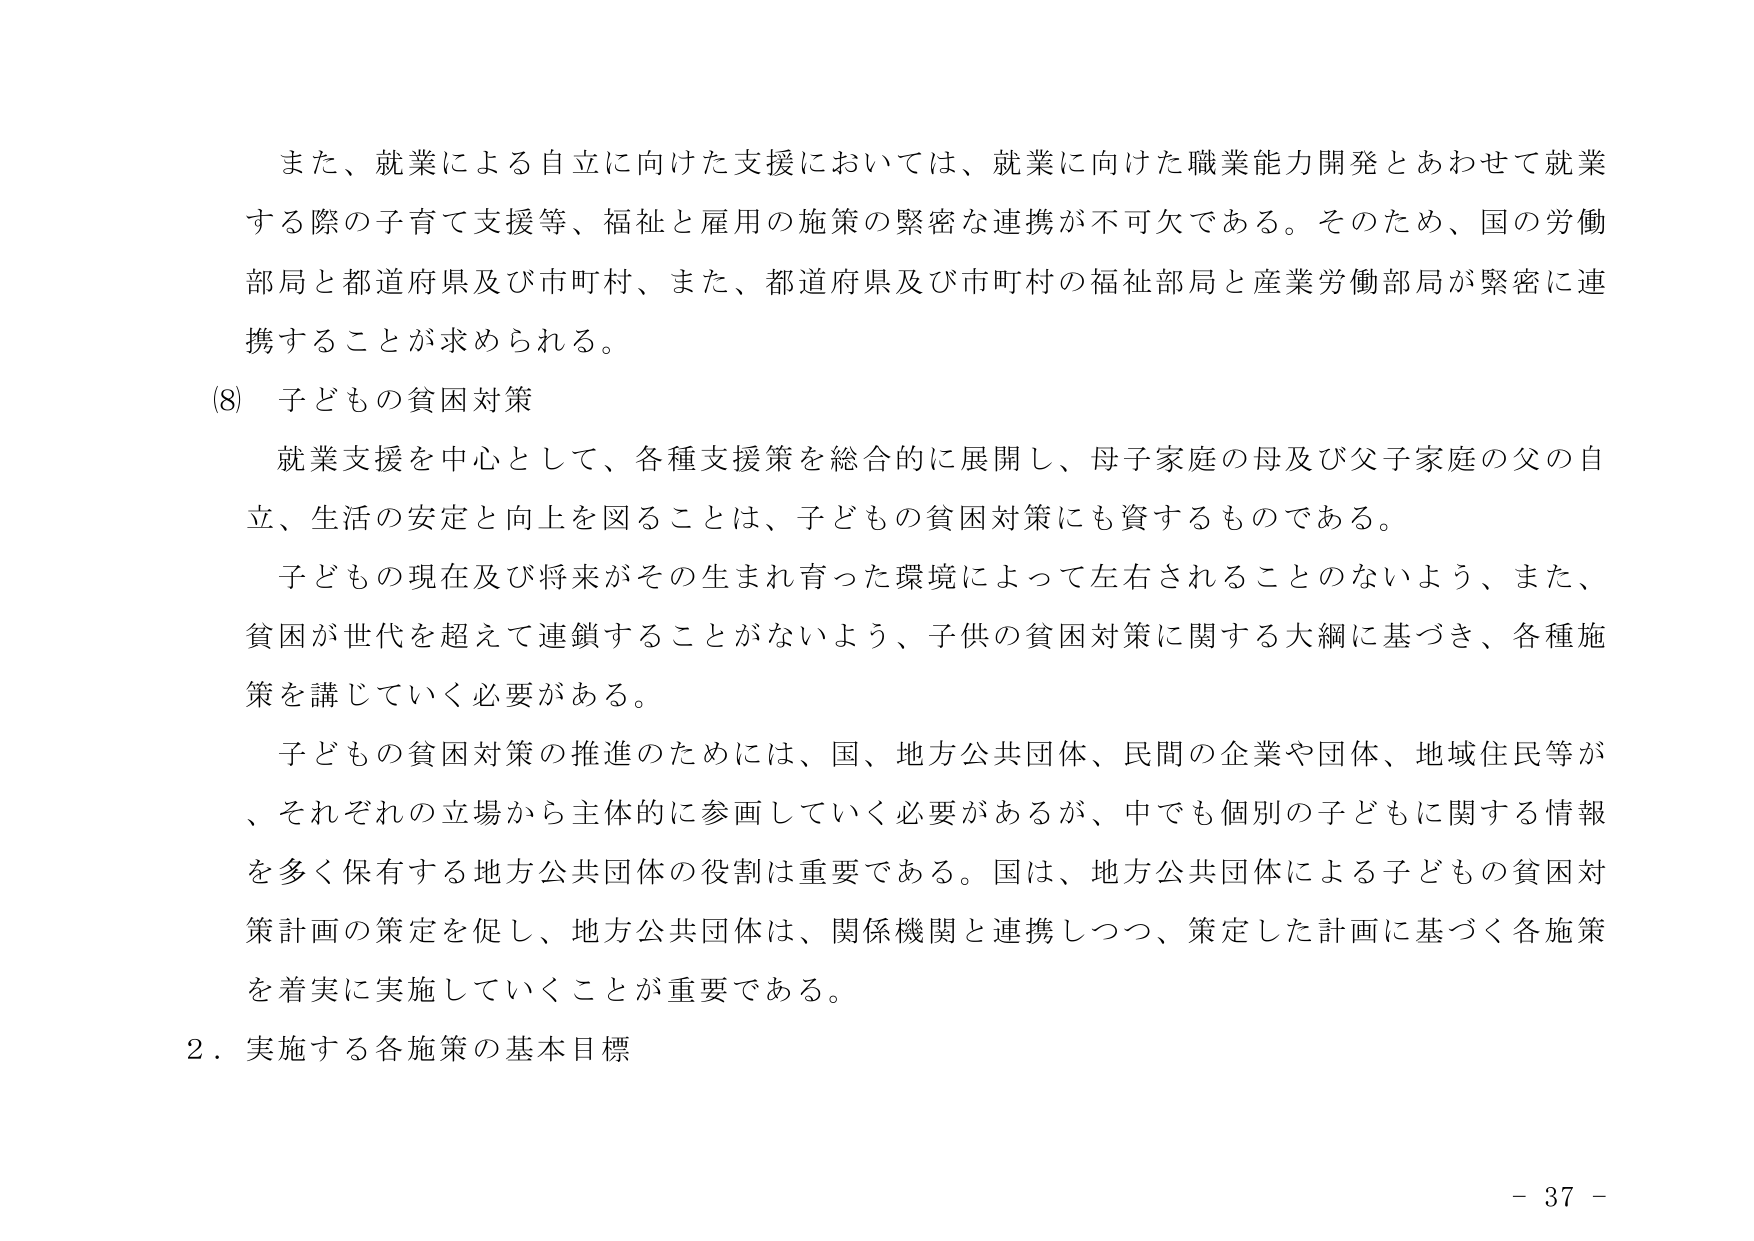
また、就業による自立に向けた支援においては、就業に向けた職業能力開発とあわせて就業する際の子育て支援等、福祉と雇用の施策の緊密な連携が不可欠である。そのため、国の労働部局と都道府県及び市町村、また、都道府県及び市町村の福祉部局と産業労働部局が緊密に連携することが求められる。

(8) 子どもの貧困対策

就業支援を中心として、各種支援策を総合的に展開し、母子家庭の母及び父子家庭の父の自立、生活の安定と向上を図ることは、子どもの貧困対策にも資するものである。

子どもの現在及び将来がその生まれ育った環境によって左右されることのないよう、また、貧困が世代を超えて連鎖することがないよう、子供の貧困対策に関する大綱に基づき、各種施策を講じていく必要がある。

子どもの貧困対策の推進のためには、国、地方公共団体、民間の企業や団体、地域住民等が、それぞれの立場から主体的に参画していく必要があるが、中でも個別の子どもに関する情報を多く保有する地方公共団体の役割は重要である。国は、地方公共団体による子どもの貧困対策計画の策定を促し、地方公共団体は、関係機関と連携しつつ、策定した計画に基づく各施策を着実に実施していくことが重要である。

2．実施する各施策の基本目標

- 37 -